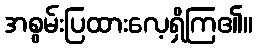
အစွမ်းပြထားလေ့ရှိကြ၏။